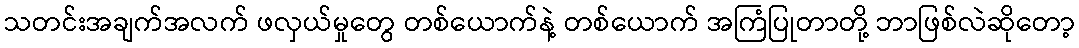
သတင်းအချက်အလက် ဖလှယ်မှုတွေ တစ်ယောက်နဲ့ တစ်ယောက် အကြံပြုတာတို့ ဘာဖြစ်လဲဆိုတော့